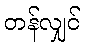
တန်လျှင်